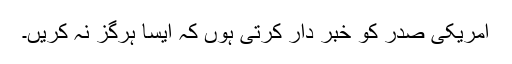
امریکی صدر کو خبر دار کرتی ہوں کہ ایسا ہرگز نہ کریں۔